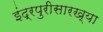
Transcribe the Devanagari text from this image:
इंद्रपुरीसारख्या